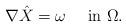
LaTeX: \begin{align*}\nabla \hat X = \omega \quad\mbox{ in } \Omega.\end{align*}